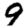
Digit: 9